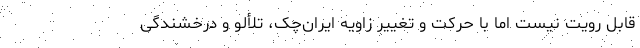
قابل رویت نیست اما با حرکت و تغییر زاویه ایران‌چک، تلألو و درخشندگی